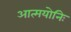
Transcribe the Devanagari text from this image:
आत्मयोनिः